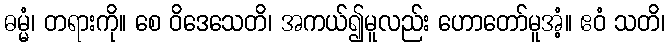
ဓမ္မံ၊ တရားကို။ စေ ဝိဒေသေတိ၊ အကယ်၍မူလည်း ဟောတော်မူအံ့။ ဧဝံ သတိ၊